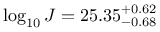
\log _ { 1 0 } J = 2 5 . 3 5 _ { - 0 . 6 8 } ^ { + 0 . 6 2 }